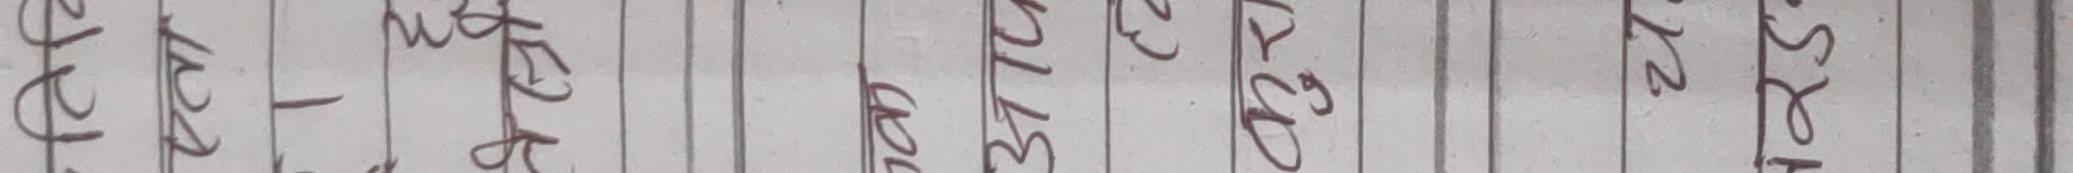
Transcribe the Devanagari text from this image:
राजेन्द्र १२४ - नेपाल ३१० १२२ १२ रुपैयाँ